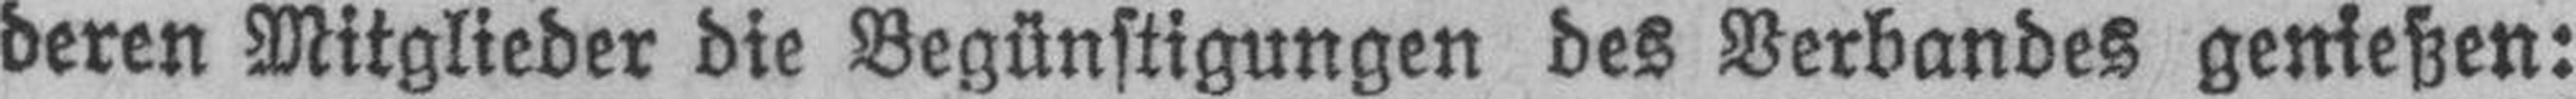
deren Mitglieder die Begünstigungen des Verbandes genießen: